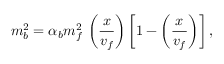
m _ { b } ^ { 2 } = \alpha _ { b } m _ { f } ^ { 2 } \, \left( \frac { x } { v _ { f } } \right) \left[ 1 - \left( \frac { x } { v _ { f } } \right) \right] ,